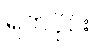
ရက်ပိုင်း